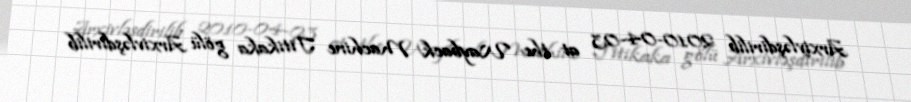
Arxivləşdirilib 2010-04-03 at the Wayback Machine Titikaka gölü Arxivləşdirilib